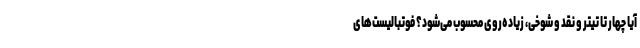
آیا چهار تا تیتر و نقد و شوخی، زیاده‌روی محسوب می‌شود؟ فوتبالیست‌های